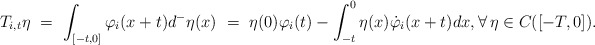
\begin{align*}T_{i,t}\eta \ = \ \int_{[-t,0]}\varphi_i(x+t)d^-\eta(x) \ = \ \eta(0)\varphi_i(t) - \int_{-t}^0 \eta(x)\dot{\varphi}_i(x+t)dx, \forall\,\eta\in C([-T,0]).\end{align*}